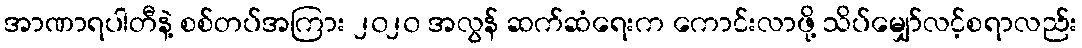
အာဏာရပါတီနဲ့ စစ်တပ်အကြား ၂၀၂၀ အလွန် ဆက်ဆံရေးက ကောင်းလာဖို့ သိပ်မျှော်လင့်စရာလည်း